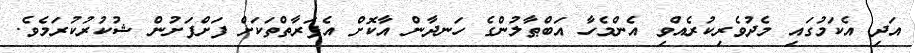
އަދި އެކަމުގައި މެދުވެރިކުރެއްވި އެންމެހާ އަބްޠާލުންގެ ހަނދާން އާކޮށް އެފަރާތްތަކަށް ފަށްފަށުން ޝުކުރުކުރަމެވެ.